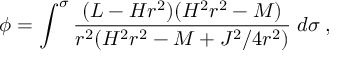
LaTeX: \phi = \int ^ { \sigma } \frac { ( L - H r ^ { 2 } ) ( H ^ { 2 } r ^ { 2 } - M ) } { r ^ { 2 } ( H ^ { 2 } r ^ { 2 } - M + J ^ { 2 } / 4 r ^ { 2 } ) } \; d \sigma \: ,